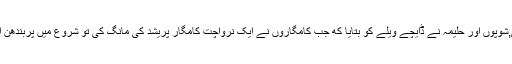
کارخانے میں کام کرنے والی اورمی,شوپوں اور حلیمہ نے ڈایچے ویلے کو بتایا که جب کامگاروں نے ایک نرواچت کامگار پریشد کی مانگ کی تو شروع میں پربندھن اور کامگاروں کے بیچ کافی تناؤ رہا۔